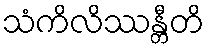
သံကိလိဿန္တီတိ